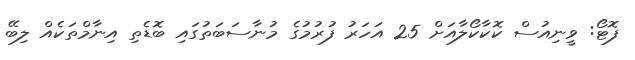
ފޮޓޯ: ވީނިއުސް ކޮކާކޯލާއަށް 25 އަހަރު ފުރުމުގެ މުނާސަބަތުގައި ބޮޑެތި އިނާމްތަކެއް ލިބޭ